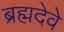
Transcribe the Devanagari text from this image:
ब्रह्मदेवे